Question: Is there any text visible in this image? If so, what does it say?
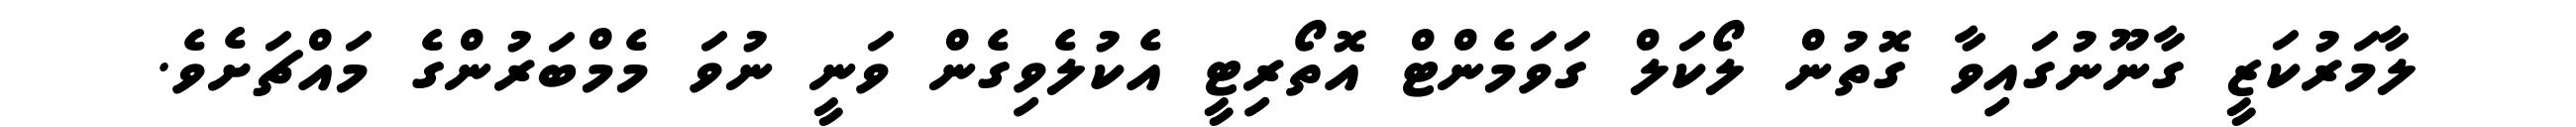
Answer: ލާމަރުކަޒީ ގާނޫނުގައިވާ ގޮތުން ލޯކަލް ގަވަމެންޓް އޮތޯރިޓީ އެކުލެވިގެން ވަނީ ނުވަ މެމްބަރުންގެ މައްޗަށެވެ.